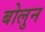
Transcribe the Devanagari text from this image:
बोलुन